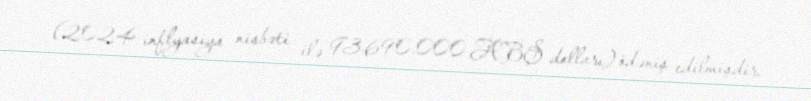
(2024 inflyasiya nisbəti ilə 93.690.000 ABŞ dolları) ödəniş edilmişdir.